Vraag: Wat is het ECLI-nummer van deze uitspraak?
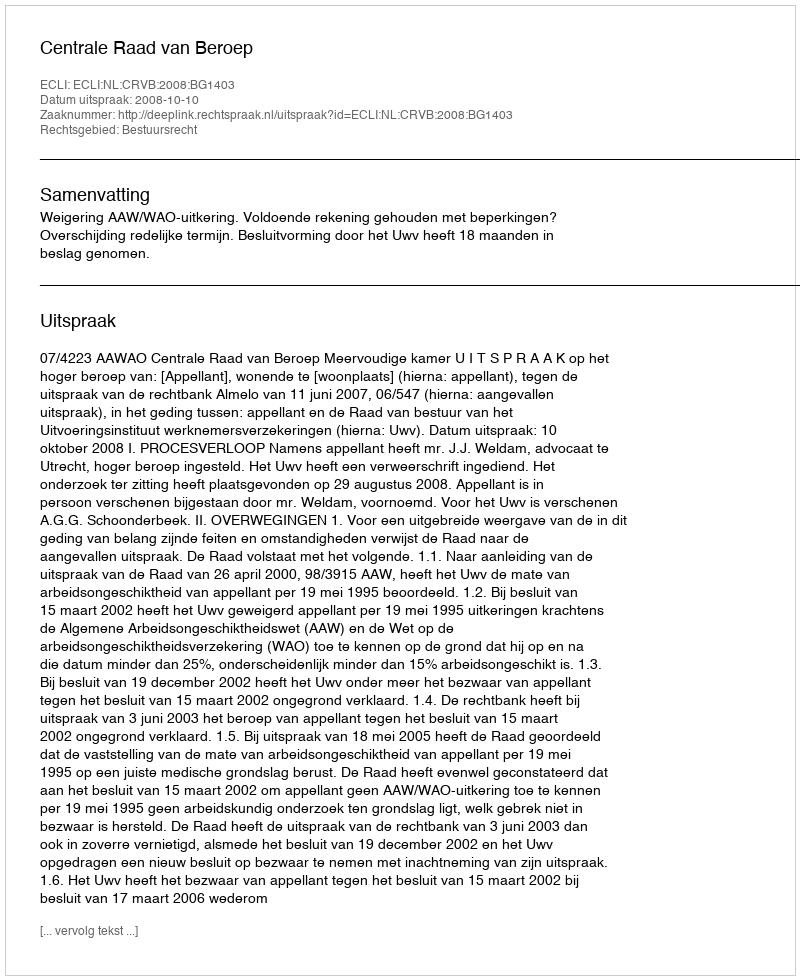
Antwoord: ECLI:NL:CRVB:2008:BG1403